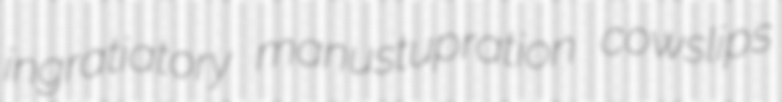
ingratiatory manustupration cowslips